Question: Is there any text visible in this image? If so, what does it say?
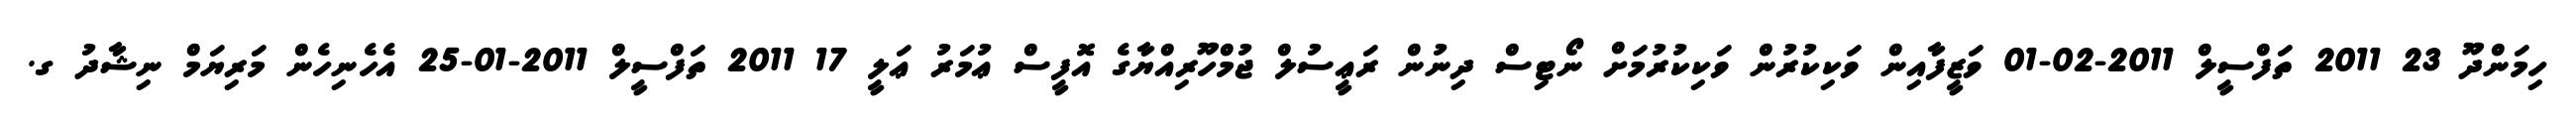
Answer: ހިމަންދޫ 23 2011 ތަފްސީލް 2011-02-01 ވަޒީފާއިން ވަކިކުރުން ވަކިކުރުމަށް ނޯޓިސް ދިނުން ރަޢީސުލް ޖުމްހޫރިއްޔާގެ އޮފީސް ޢުމަރު ޢަލީ 17 2011 ތަފްސީލް 2011-01-25 އެހެނިހެން މަރިޔަމް ނިޝާދު ގ.